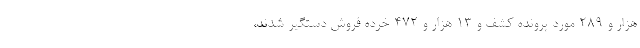
هزار و ۲۸۹ مورد پرونده کشف و ۱۳ هزار و ۴۷۲ خرده فروش دستگیر شدند،